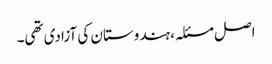
اصل مسئلہ، ہندوستان کی آزادی تھی۔